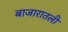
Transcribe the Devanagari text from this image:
बाजारातली